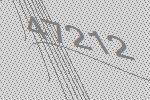
47212